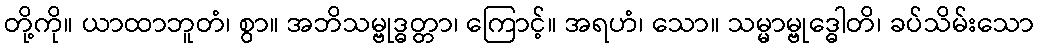
တို့ကို။ ယာထာဘူတံ၊ စွာ။ အဘိသမ္ဗုဒ္ဓတ္တာ၊ ကြောင့်။ အရဟံ၊ သော။ သမ္မာမ္ဗုဒ္ဓေါတိ၊ ခပ်သိမ်းသော